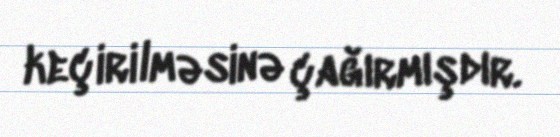
keçirilməsinə çağırmışdır.